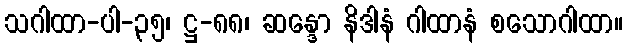
သဂါထာ-ပါ-၃၅၊ ဋ္ဌ-၈၈၊ ဆန္ဒော နိဒါနံ ဂါထာနံ စသောဂါထာ။